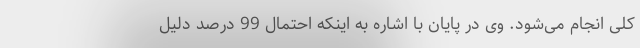
کلی انجام می‌شود. وی در پایان با اشاره به اینکه احتمال 99 درصد دلیل